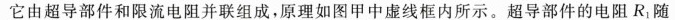
它由超导部件和限流电阻并联组成，原理如图甲中虚线框内所示。超导部件的电阻R_{1}随